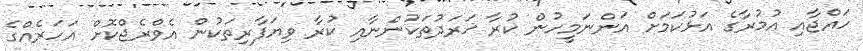
ހައްޖާއި އުމުރާގެ އަޅުކަމަށް އަންނަމީހުން ކުރާ ޚަރަދުތަކުންނާއި ކުރާ ވިޔަފާރިތަކުން އެވްރެޖްކޮށް އަހަރެއްގެ